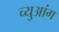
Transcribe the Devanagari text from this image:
च्युआंग